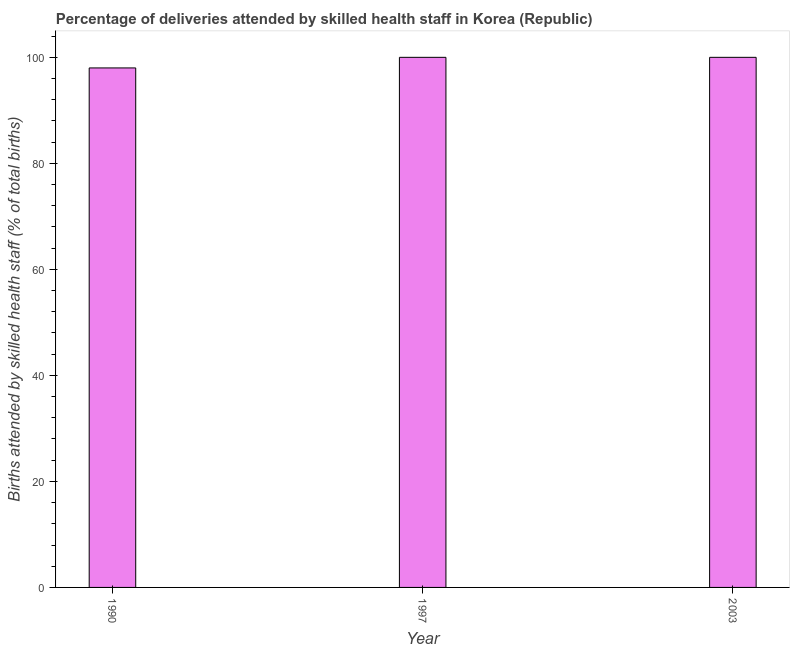
| Year | Births attended by skilled health staff |
 | --- | --- |
 | 1990 | 98 |
 | 1997 | 100 |
 | 2003 | 100 |